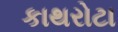
કાથરોટા